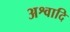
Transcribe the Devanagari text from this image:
अश्वादि